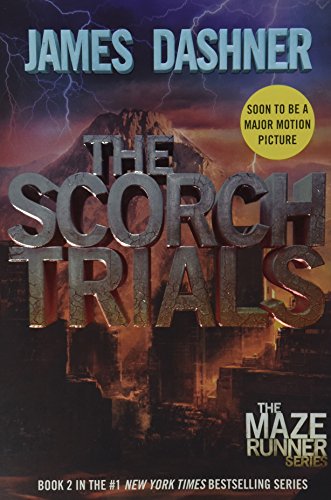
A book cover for The Scorch Trials (Maze Runner, Book 2); James Dashner; Teen & Young Adult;